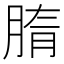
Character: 𦜤